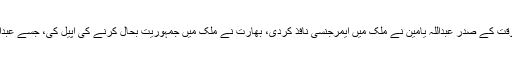
گزشتہ سال مالدیپ کے اس وقت کے صدر عبداللہ یامین نے ملک میں ایمرجنسی نافذ کردی، بھارت نے ملک میں جمہوریت بحال کرنے کی اپیل کی، جسے عبداللہ یامین نے نظرانداز کردیا۔